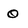
Character: O